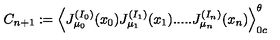
C _ { n + 1 } : = \Big \langle J _ { \mu _ { 0 } } ^ { ( I _ { 0 } ) } ( x _ { 0 } ) J _ { \mu _ { 1 } } ^ { ( I _ { 1 } ) } ( x _ { 1 } ) . . . . . J _ { \mu _ { n } } ^ { ( I _ { n } ) } ( x _ { n } ) \Big \rangle _ { 0 c } ^ { \theta }